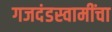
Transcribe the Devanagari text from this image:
गजदंडस्वामींचा